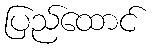
ပြည်ထောင်